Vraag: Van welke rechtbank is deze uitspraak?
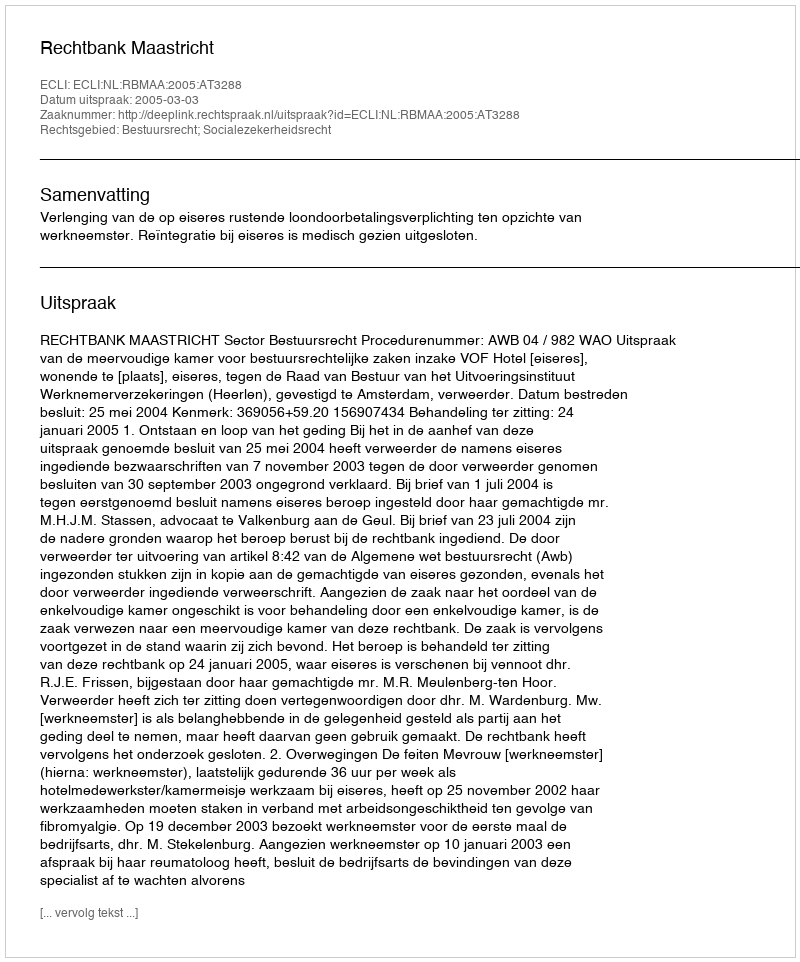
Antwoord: Rechtbank Maastricht